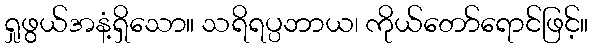
ရှုဖွယ်အနံ့ရှိသော။ သရိရပ္ပဘာယ၊ ကိုယ်တော်ရောင်ဖြင့်။